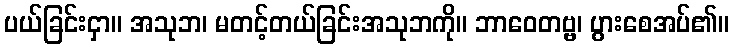
ပယ်ခြင်းငှာ။ အသုဘ၊ မတင့်တယ်ခြင်းအသုဘကို။ ဘာဝေတဗ္ဗ၊ ပွားစေအပ်၏။